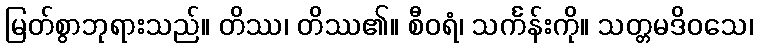
မြတ်စွာဘုရားသည်။ တိဿ၊ တိဿ၏။ စီဝရံ၊ သင်္ကန်းကို။ သတ္တမဒိဝသေ၊